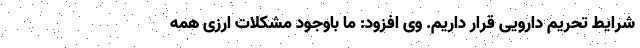
شرایط تحریم دارویی قرار داریم. وی افزود: ما باوجود مشکلات ارزی همه